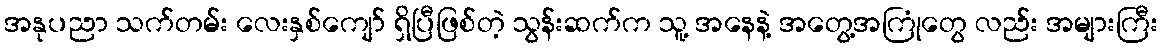
အနုပညာ သက်တမ်း လေးနှစ်ကျော် ရှိပြီဖြစ်တဲ့ သွန်းဆက်က သူ့ အနေနဲ့ အတွေ့အကြုံတွေ လည်း အများကြီး